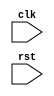
module behavior_modeling_block (
    input wire clk,
    input wire rst,
    // other input and output ports
);

reg [7:0] data_in;
reg [7:0] data_out;

always @(posedge clk or negedge rst) begin
    if (!rst) begin
        // reset behavior
        data_out <= 8'b0;
    end else begin
        // non-reset behavior
        // define functionality here
    end
end

// other code for the module

endmodule